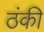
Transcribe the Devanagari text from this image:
ठंकी